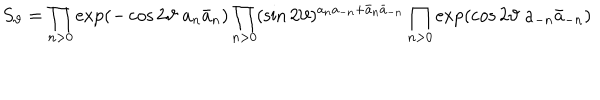
LaTeX: S _ { \vartheta } = \prod _ { n > 0 } \exp \left( - \cos 2 \vartheta \; a _ { n } \bar { a } _ { n } \right) \prod _ { n > 0 } ( \sin 2 \vartheta ) ^ { a _ { n } a _ { - n } + \bar { a } _ { n } \bar { a } _ { - n } } \prod _ { n > 0 } \exp \left( \cos 2 \vartheta \; a _ { - n } \bar { a } _ { - n } \right)